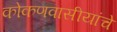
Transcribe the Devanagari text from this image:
कोकणवासीयांचे